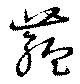
蘊